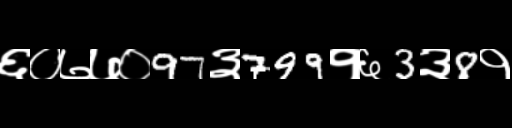
Text: ६०७७०97३799१६3३8१